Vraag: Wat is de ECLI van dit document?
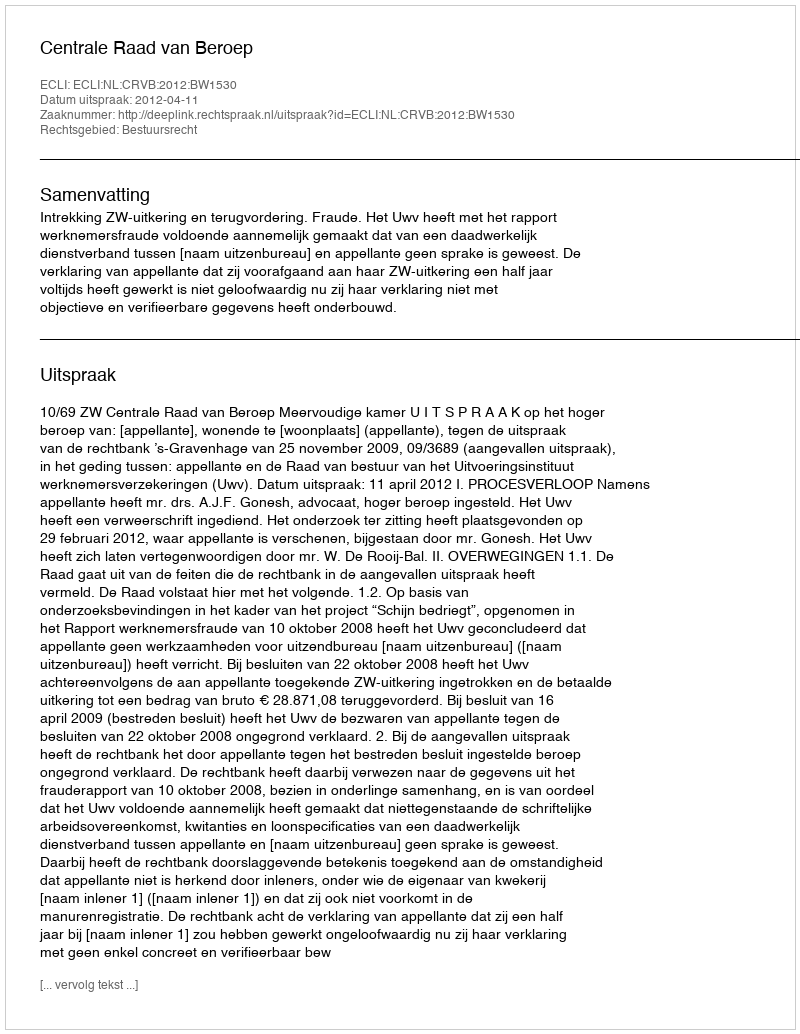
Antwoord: ECLI:NL:CRVB:2012:BW1530